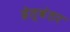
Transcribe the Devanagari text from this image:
हेत्वंतर